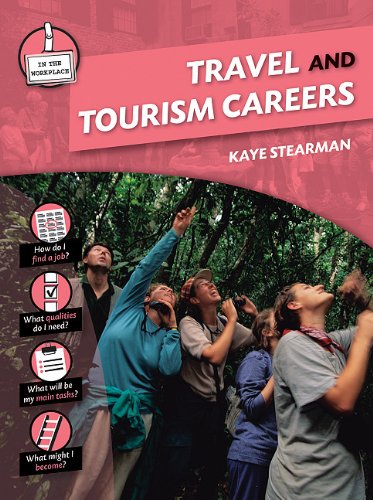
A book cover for Travel and Tourism Careers (In the Workplace); Kaye Stearman; Teen & Young Adult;